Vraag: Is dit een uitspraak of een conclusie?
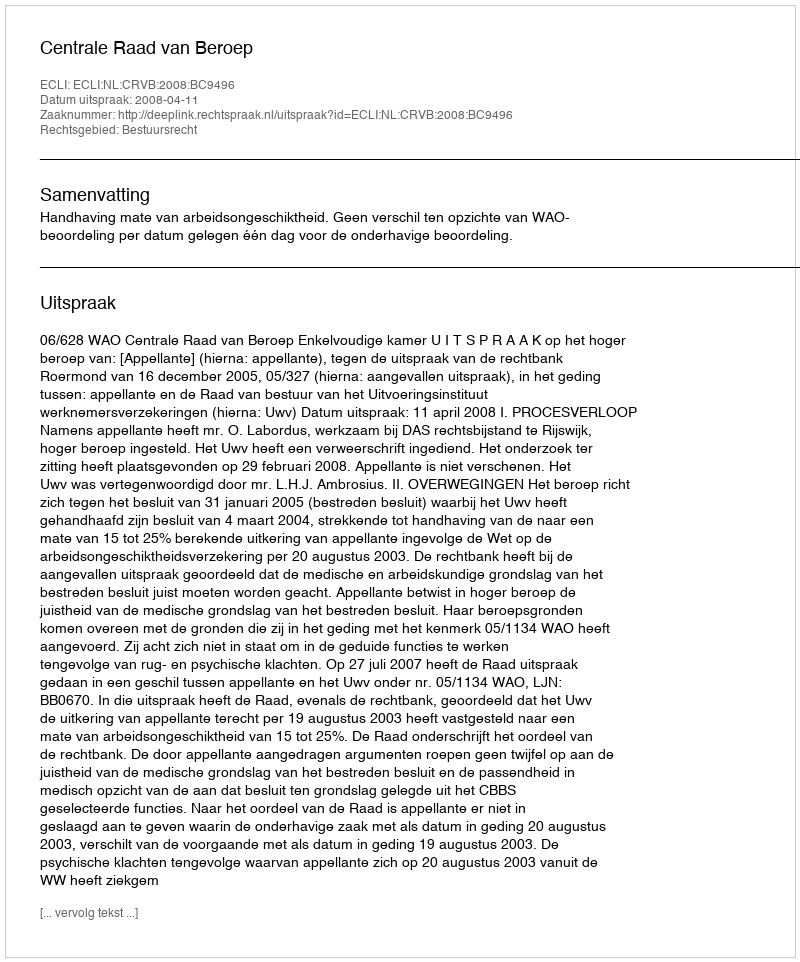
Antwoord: Uitspraak